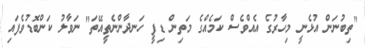
"ތިބުނަން އުޅެނީ މިހާރުގެ އެއްވެސް ކަމެއްގެ މަތިން ޑިފީ ހަނދާންނެތީއޭތަ" ނަވާލު ކަންބޮޑުވެފައި